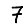
Digit: 7